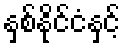
နှစ်နိုင်ငံနှင့်